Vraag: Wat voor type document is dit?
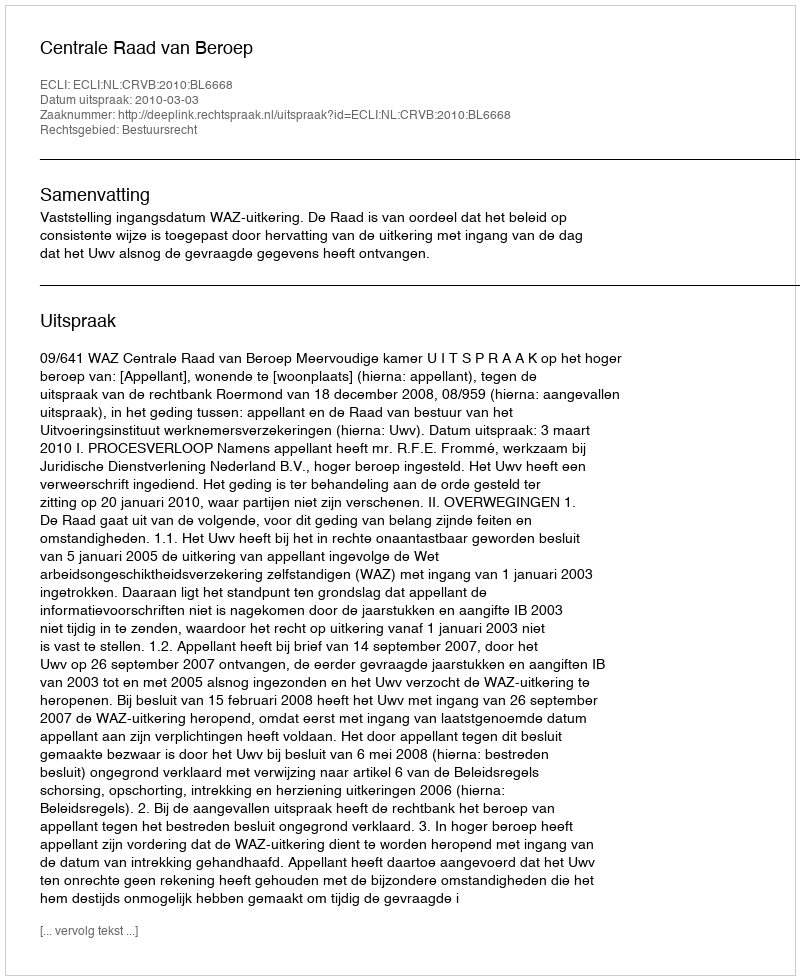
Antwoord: Uitspraak